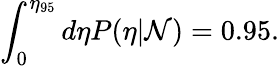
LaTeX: \int_{0}^{\eta_{95}}d\eta P(\eta|{\cal N})=0.95.